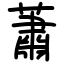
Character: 蕭